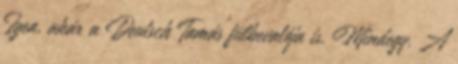
Igen, akár a Deutsch Tamás fülbevalója is. Mindegy. A